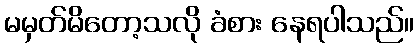
မမှတ်မိတော့သလို ခံစား နေရပါသည်။